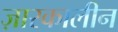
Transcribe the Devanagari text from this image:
ज़ारकालीन